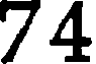
74